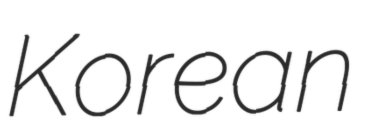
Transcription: Korean